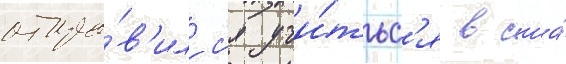
отпра́в'илс'я учи́тьс'я в сша́